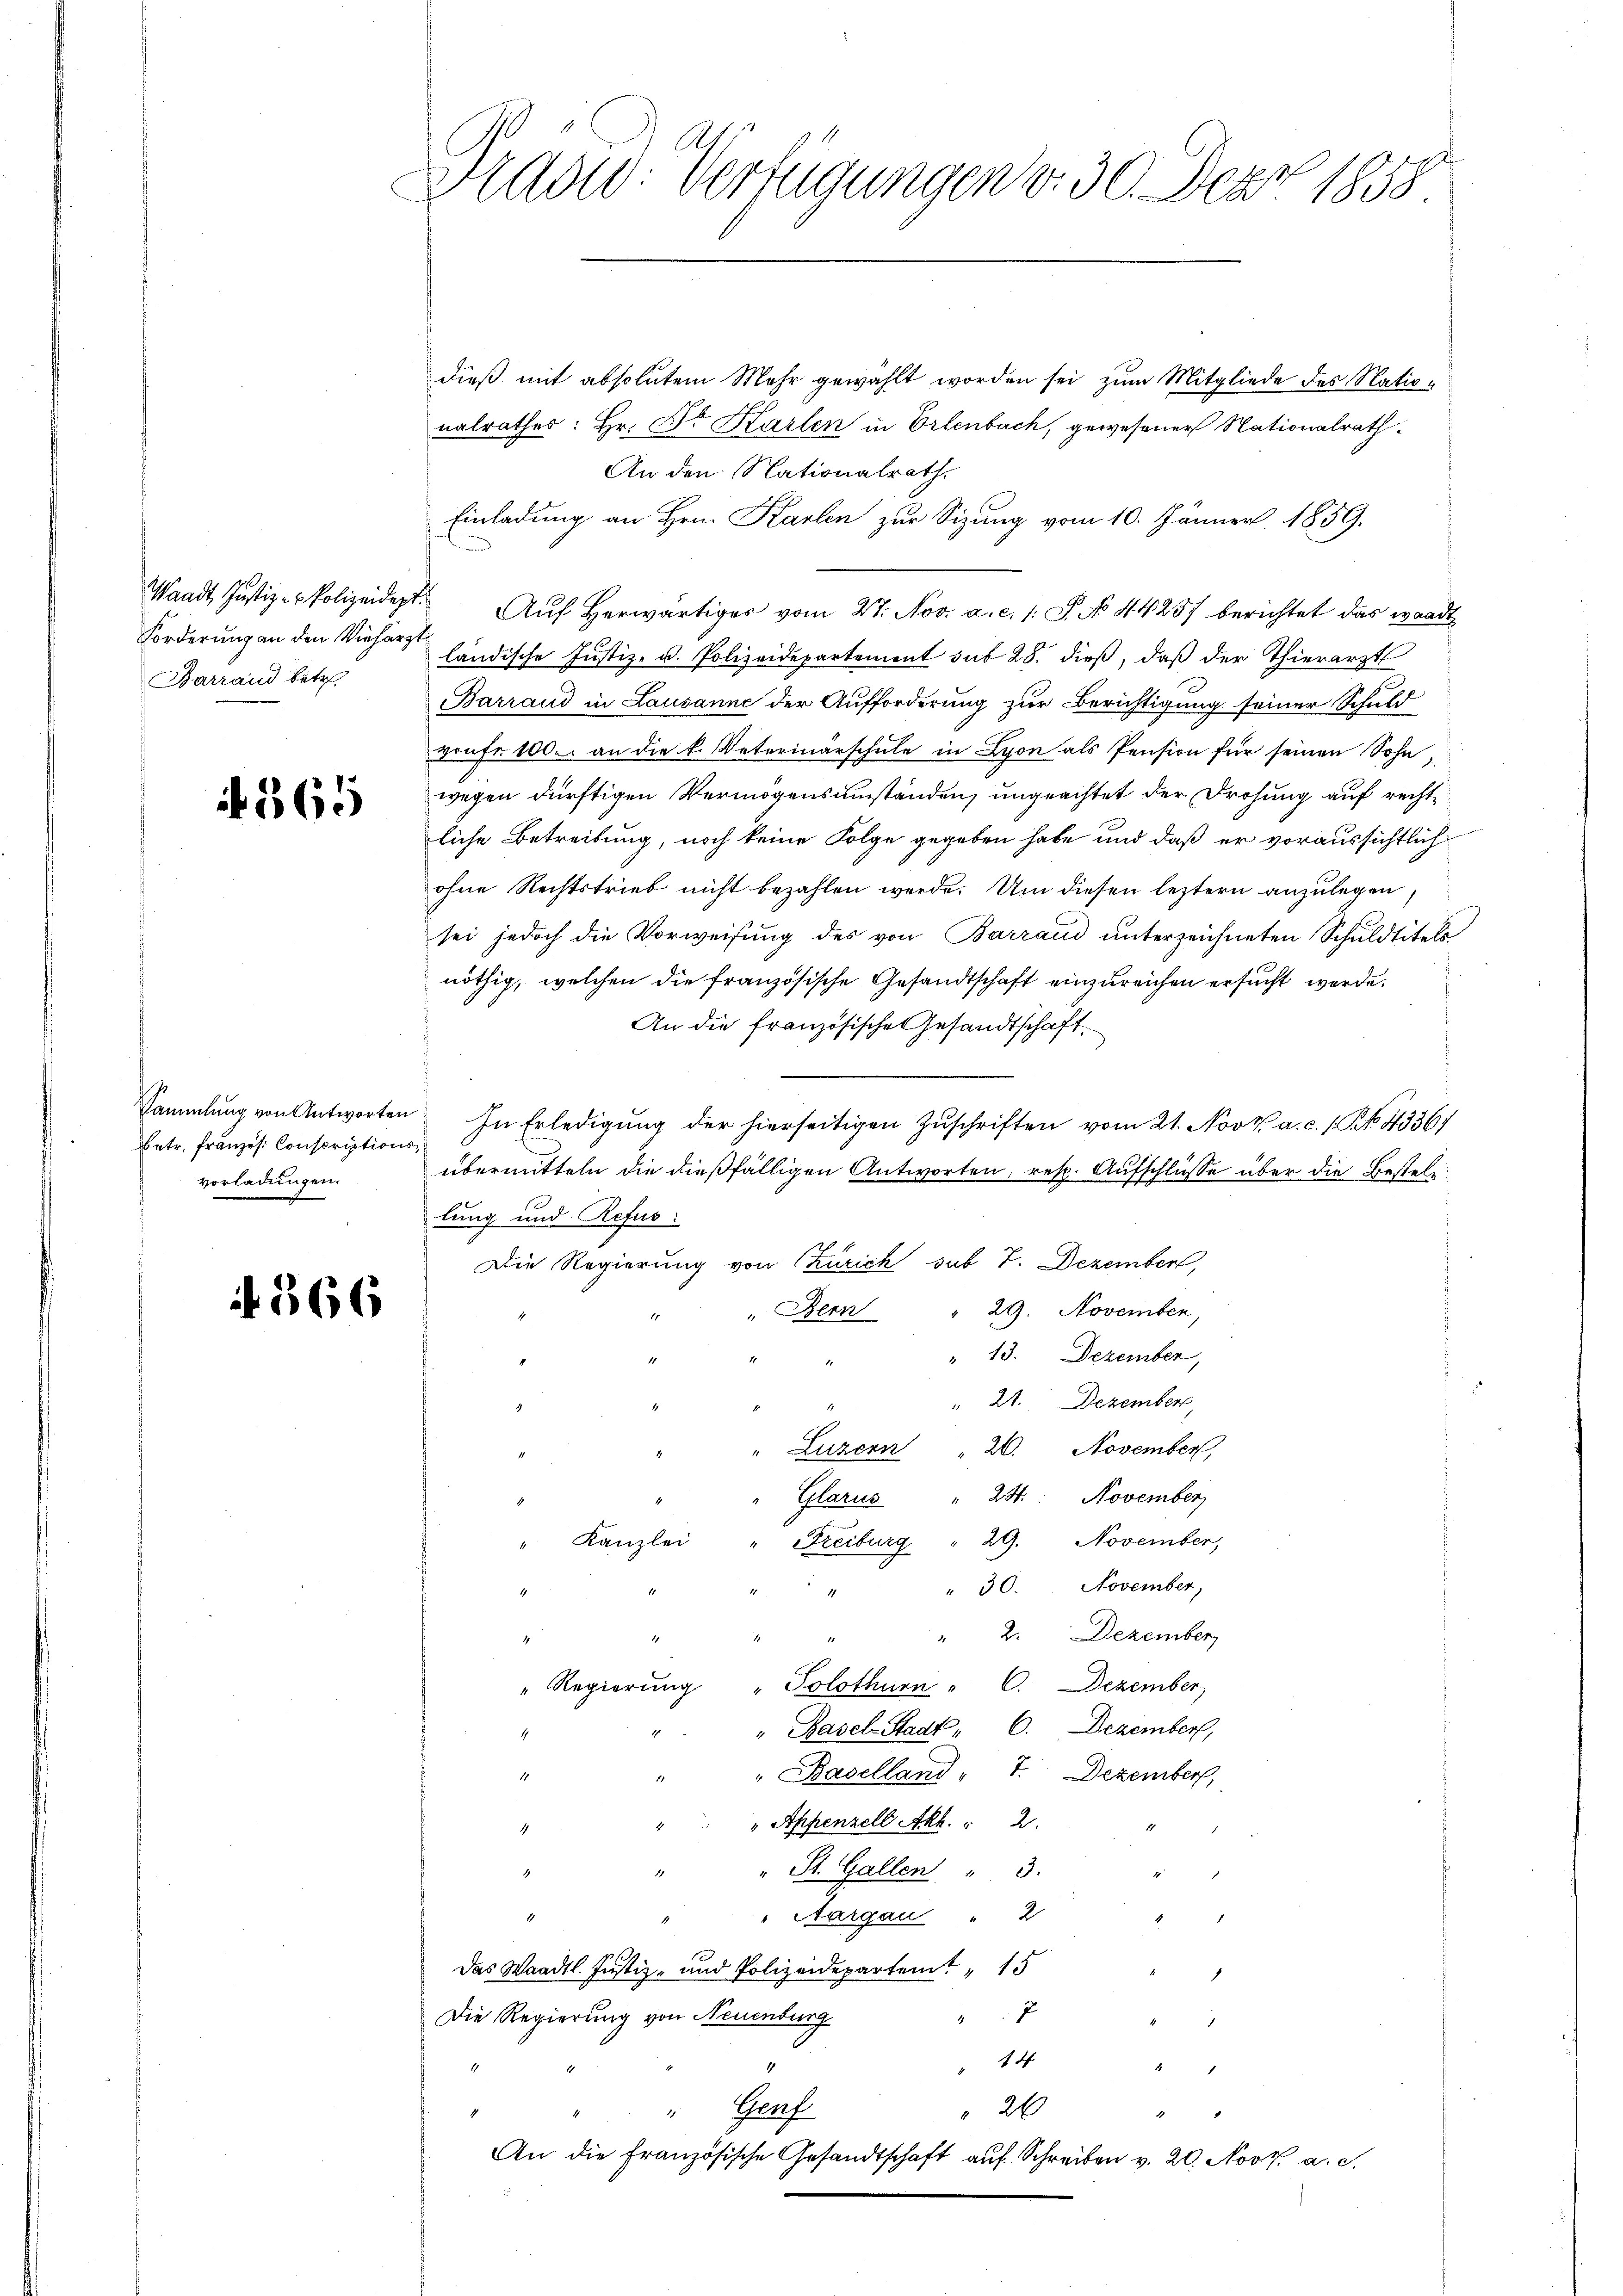
Forderung an den Vieharzt
Barrand betr.

365

Sammlung von Antworten
betr. Französ. Conscriptionsvorladungen.

566

Präsid. Verfügungen v. 30. Der 1858.

dieß mit absolutem Mehr gewählt worden sei zum Mitgliede des Nationalrathes: Hr. Dr. Karlen in Ortenbach, gewesener Nationalrath
An den Nationalrath.
Einladung an Hrn. Karten zur Sitzung vom 10. Jänner. 1859.
Waadt Justiz-Polizeidept. Aŭf herwärtiges vom 27. Nov. a. c. /: P. No 44257 berichtet das waadt
ländische Justiz- u. Polizeidepartement sub 28. dieß, daß der Thierarzts
Barrand in Lausanne der Aufforderung zur Berichtigung seiner Schuld
vonfr. 100. an die k. Veterinärschule in Lyon als Pension für seinen Sohn,
wegen dürftigen Vermögensumständen, ungeachtet der Drohung auf recht
liche Betreibung, noch keine Folge gegeben habe und daß er voraussichtlich
ohne Rechtstrieb nicht bezahlen werde. Um diesen leztern anzulegen
sei jedoch die Vorweisung des von Barrand unterzeichneten Schuldtitels
nöthig, welchen die französische Gesandtschaft einzureichen ersucht werde.
An die französische Gesandtschaft.
In Erledigung der hierseitigen Zuschriften vom 21. Nov. a. c. 1. No. 43367
übermitteln die dießfälligen Antworten, resp. Aufschlüsse über die Bestell
lung und Refus:
Die Regierung von Czürich sub 7. Dezember,
" 29. November,
„Bern
" 13. Dezember,
21. Dezember,
26. November,
" Luzern
24. November
Glarus
29. November,
Kanzlei
Freiburg
17.
30. November,
2. Dezember
1
" Regierŭng "Solothurn " C. Dezember
" Basel-Stadt, C. Dezember,
t
.
" Baselland" 7. Dezember,
.
" Appenzell Akh. 2.
4
1
" St. Gallen " 3.
.
Aargau " 2
2
Das Waadt. Justiz- und Polizeidepartemt " 15
E
Die Regierung von Neuenburg
14
26
" Genf
An die französische Gesandtschaft auf Schreiben v. 20. Nov. a. c.
.